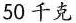
50千克